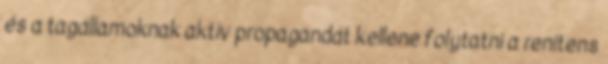
és a tagállamoknak aktív propagandát kellene folytatni a renitens